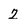
Character: z